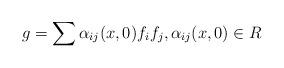
LaTeX: \begin{align*}g = \sum \alpha_{ij}(x,0) f_i f_j, \alpha_{ij}(x,0)\in R\end{align*}